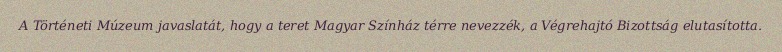
A Történeti Múzeum javaslatát, hogy a teret Magyar Színház térre nevezzék, a Végrehajtó Bizottság elutasította.